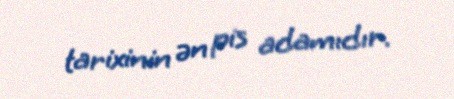
tarixinin ən pis adamıdır.